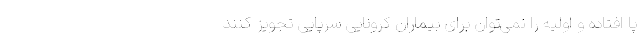
پا افتاده و اولیه را نمی‌توان برای بیماران کرونایی سرپایی تجویز کنند